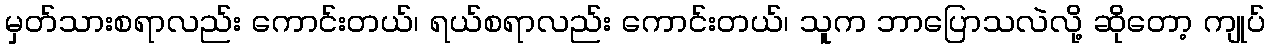
မှတ်သားစရာလည်း ကောင်းတယ်၊ ရယ်စရာလည်း ကောင်းတယ်၊ သူက ဘာပြောသလဲလို့ ဆိုတော့ ကျုပ်